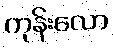
ကုန်းလော